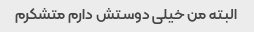
البته من خیلی دوستش دارم متشکرم